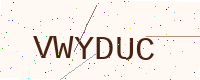
Text: VWYDUC